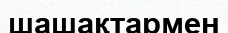
шашақтармен